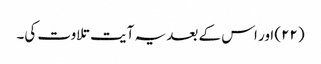
(۲۲) اور اس کے بعد یہ آیت تلاوت کی۔